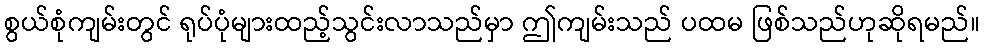
စွယ်စုံကျမ်းတွင် ရုပ်ပုံများထည့်သွင်းလာသည်မှာ ဤကျမ်းသည် ပထမ ဖြစ်သည်ဟုဆိုရမည်။